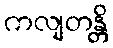
ကလျတန္တိ